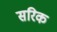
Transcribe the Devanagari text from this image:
सरिक